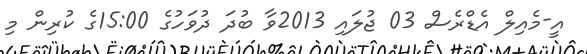
އީ-މެއިލް އެޑްރެސް 03 ޖުލައި 2013ވާ ބުދަ ދުވަހުގެ 15:00ގެ ކުރިން މި